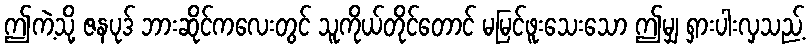
ဤကဲ့သို့ ဇနပုဒ် ဘားဆိုင်ကလေးတွင် သူကိုယ်တိုင်တောင် မမြင်ဖူးသေးသော ဤမျှ ရှားပါးလှသည့်